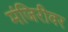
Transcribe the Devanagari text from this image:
मंजिरीवर